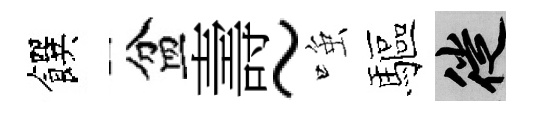
饌盆壽~𫪻驅徙